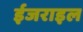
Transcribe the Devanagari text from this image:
ईजराइल